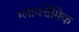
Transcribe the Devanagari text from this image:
ग्लायसेमिक